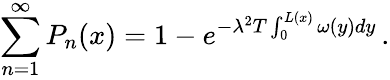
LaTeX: \sum_{n=1}^{\infty}P_{n}(x)=1-e^{-\lambda^{2}T\int_{0}^{L(x)}\omega(y)dy}\, .